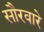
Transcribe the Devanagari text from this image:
सौरवारे